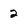
Character: 2